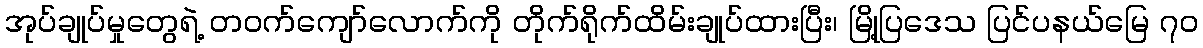
အုပ်ချုပ်မှုတွေရဲ့ တဝက်ကျော်လောက်ကို တိုက်ရိုက်ထိမ်းချုပ်ထားပြီး၊ မြို့ပြဒေသ ပြင်ပနယ်မြေ ၇၀